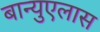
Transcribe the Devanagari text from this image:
बान्युएलास